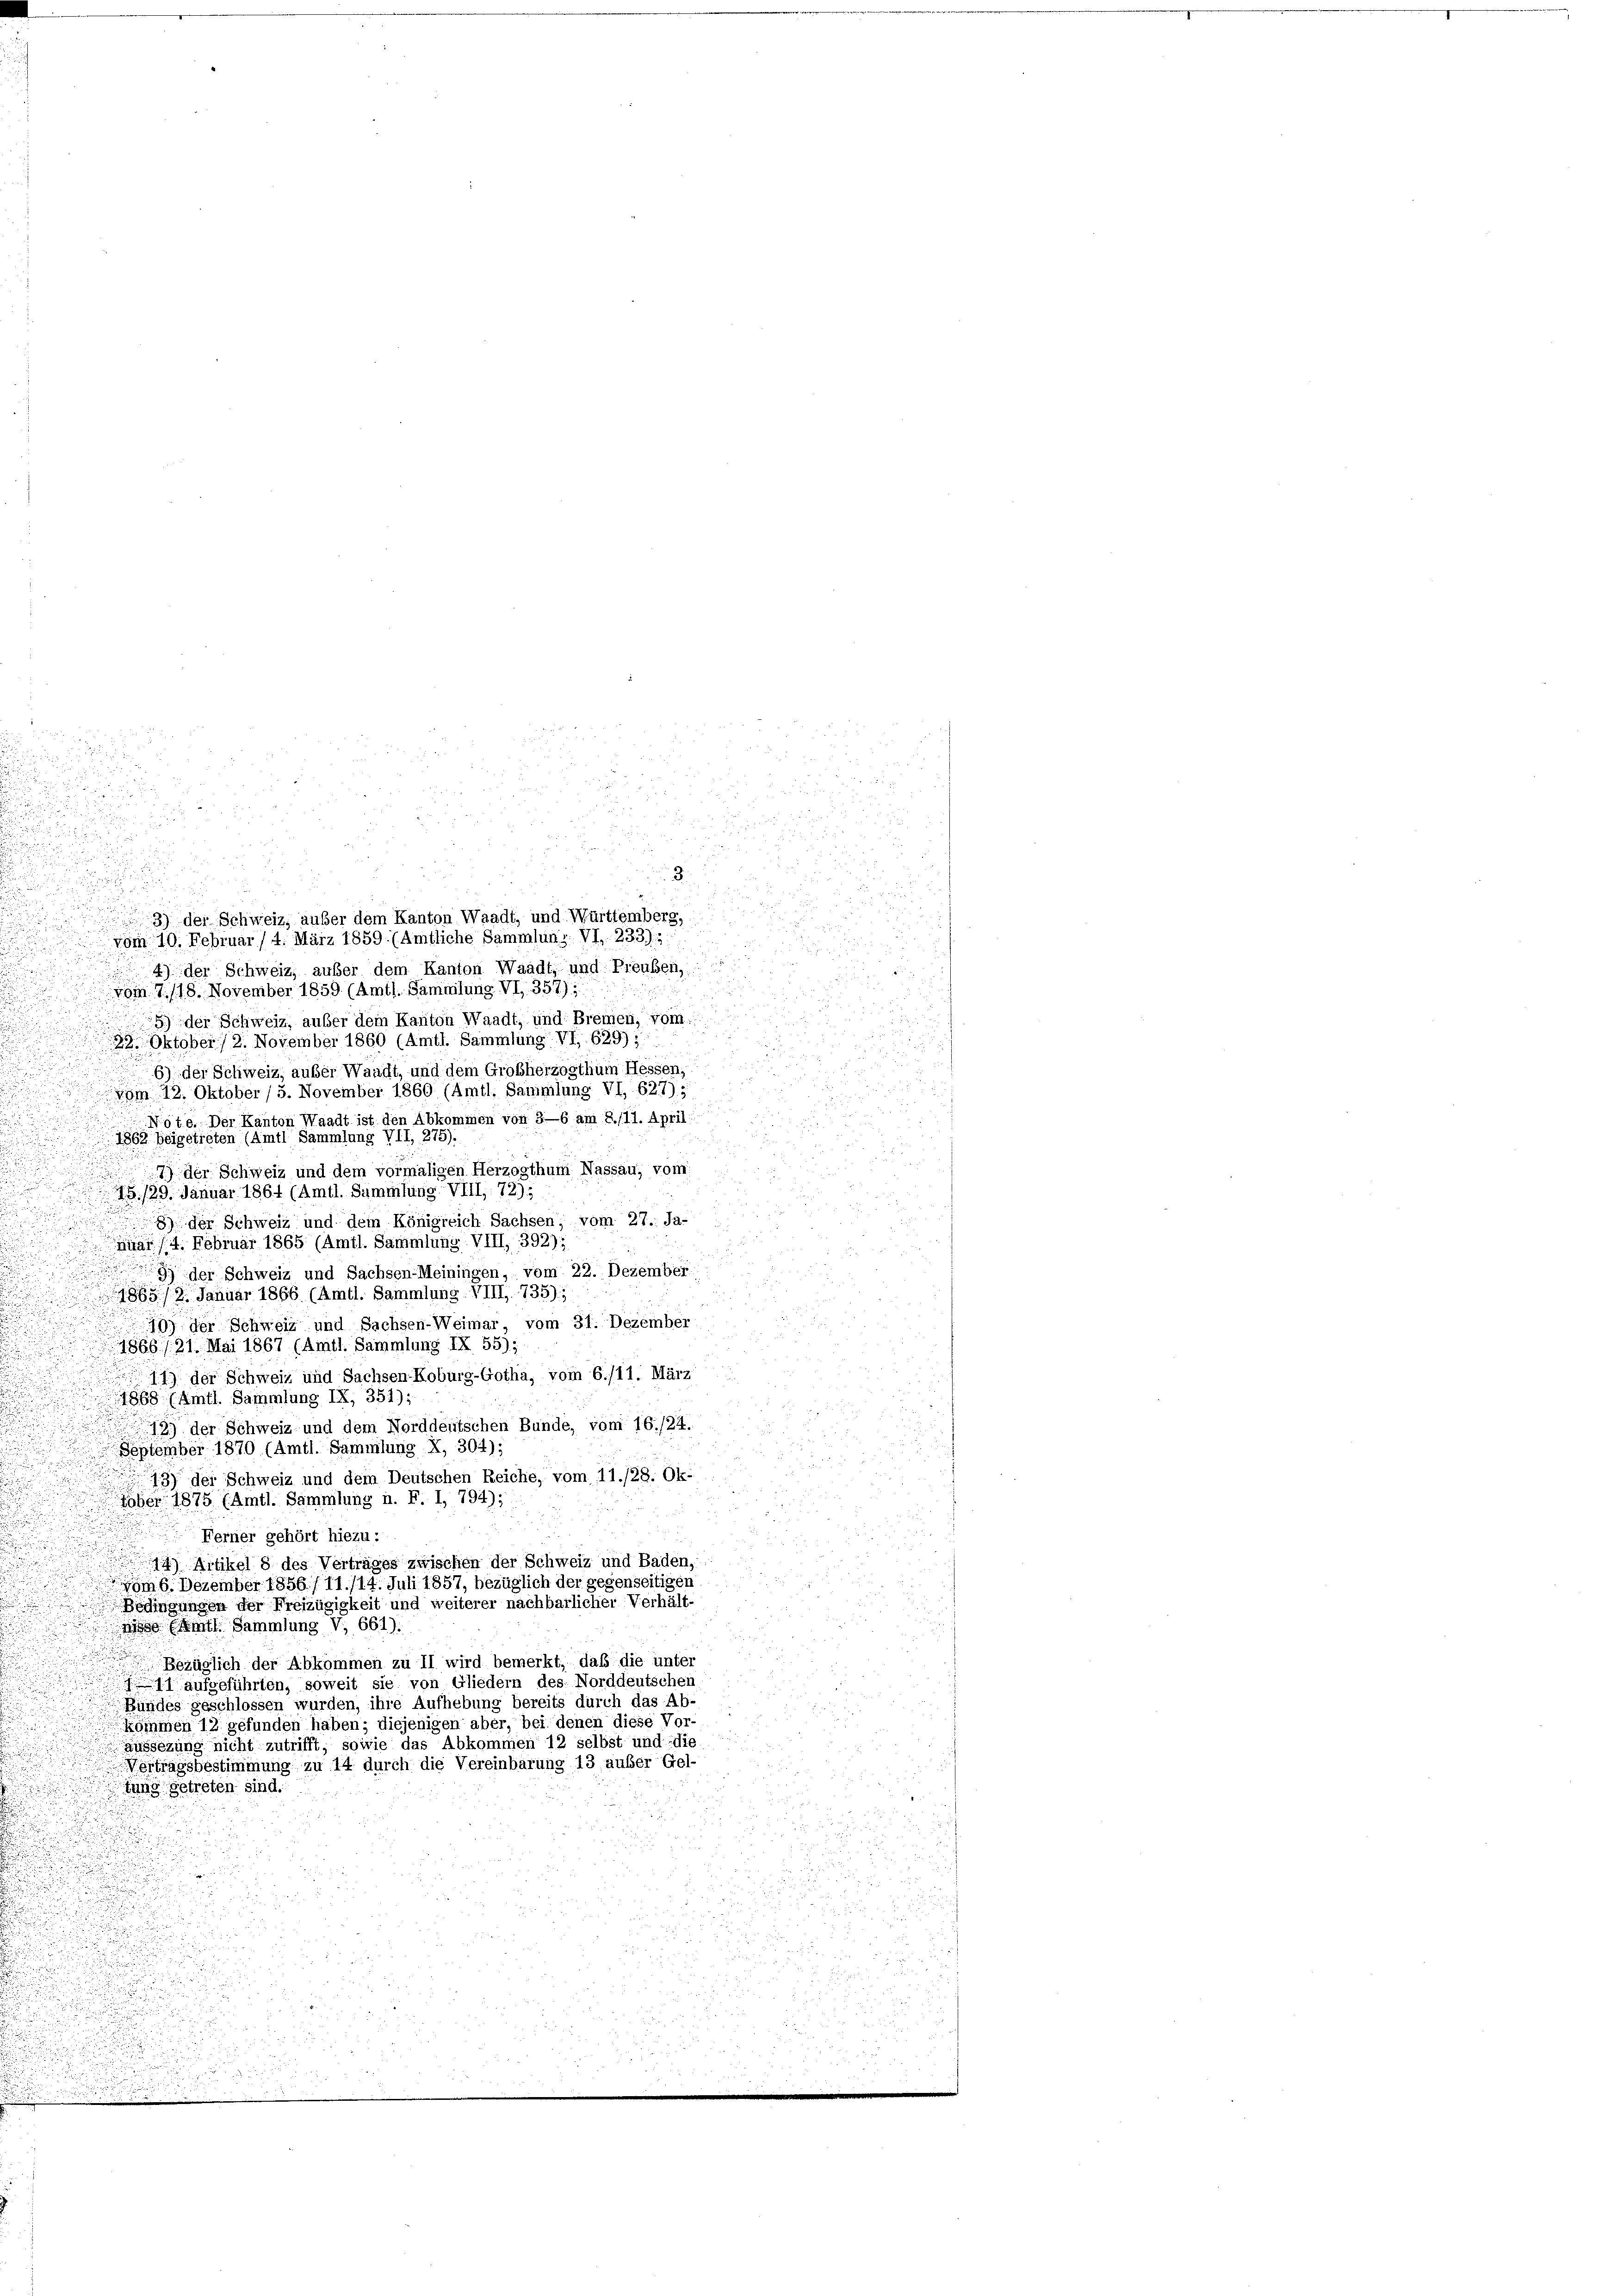
n

9) der Schweiz, außer dem Kanton Waadt, und Württemberg,
vom 10. Februar / 4. März 1859. (Amtliche Sammlung. VI. 2335
4) der Schweiz, außer dem Kanton Waadt, und Preuben,
vom 7./18. November 1859. (Amtl. Sammlung VI, 357);
5) der Schweiz, außer dem Kanton Waadt, und Bremen, voin.
22. Oktober / 2. November 1860 (Amtl. Sammlung VI. 629);
6) der Schweiz, auser Waadt, und dem Großherzogthum Hessen,
 vom 12. Oktober (5. November 1860 (Amtl. Sammlung VI, 627),
Nste. Der Kanton Waadt ist den Abkommen von 3—6 am 8./11. April:
u
1868 beigetreten (Amtl Sammlung VII, 275).
.
7) der Schweiz und dem vormaligen Herzogthum Nassau, vom
1./29. Januar 1864 (Amtl. Sammlung. VIII 72);
d
8) der Schweiz und dem Königreich Sachsen; vom 27. Ja-
Mar /4. Februar 1865 (Amtl. Sammlung. VIII, 392);
9) der Schweiz und Sachsen-Meiningen, vom 22. Dezember

.
1865./2. Januar 1866 (Amtl. Sammlung. VIII 735);
.
10) der Schweiz und Sachsen-Weimar, vom 31. Dezember
u
1866./21. Mai 1867 (Amtl. Sammlung IX 55);
d
11) der Schweiz und Sachsen-Koburg-Gotha, vom 6./11. März
u
1868 (Amtl. Sammlung IX, 351);

199 der Schweiz und dem Norddeutschen Bunde, vom 16./24.
September 1870. (Amtl. Sammlung X, 304);
u
93) der Schweiz und dem Deutschen Reiche, vom 11./28. Ok-
u

n
ber 1875 (Amtl. Sammlung n. F. I, 794);

 Ferner gehört hiezu :
u
e

14) Artikel 8 des Vertrages zwischen der Schweiz und Baden,
n
.
vom 6. Dezember 1856/11./14. Juli 1857, bezüglich der gegenseitigen
Bedingungsa der Freizügigkeit und weiterer nachbarlicher Verhält-

e (Amtl. Sammlung V. 661).
Bezüglich der Abkommen zu II wird bemerkt, daß die unter
1 aufgeführten, soweit sie von Gliedern des Norddeutschen
Bundes geschlossen wurden, ihre Aufhebung bereits durch das Ab-
.
köthmen 12 gefunden haben; diejenigen aber, bei denen diese Vor-
aussezung nicht zutrifft, sowie das Abkommen 12 selbst und die

Vortragsbestimmung zu 14 durch die Vereinbarung 13 auber Gel-
fung getreten sind.

n
n

3.

r

e